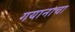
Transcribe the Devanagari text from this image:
गयानाचा